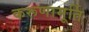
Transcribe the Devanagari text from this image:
करूणामूर्ति